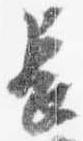
長